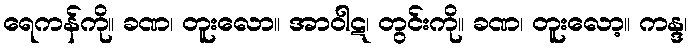
ရေကန်ကို။ ခဏ၊ တူးလော။ အာဝါဋ၊ တွင်းကို။ ခဏ၊ တူးလော့။ ကန္ဒ၊